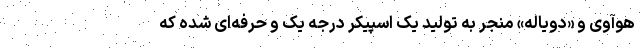
هوآوی و «دویاله» منجر به تولید یک اسپیکر درجه یک و حرفه‌ای شده که